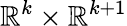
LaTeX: \mathbb{R}^{k}\times\mathbb{R}^{k+1}